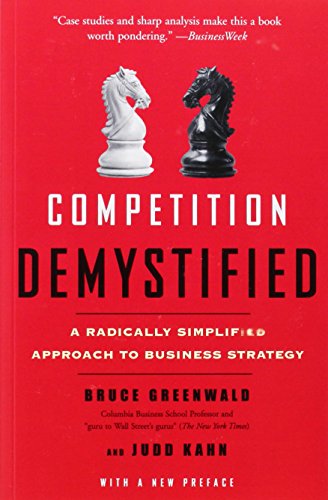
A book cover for Competition Demystified: A Radically Simplified Approach to Business Strategy; Bruce C. Greenwald; Business & Money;